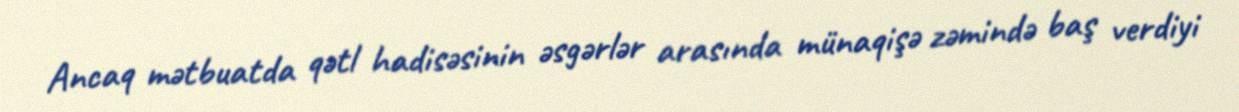
Ancaq mətbuatda qətl hadisəsinin əsgərlər arasında münaqişə zəmində baş verdiyi